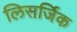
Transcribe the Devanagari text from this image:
लिसर्जिक